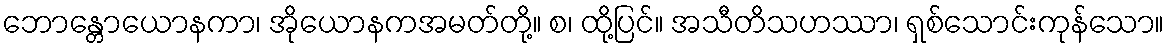
ဘောန္တောယောနကာ၊ အိုယောနကအမတ်တို့။ စ၊ ထို့ပြင်။ အသီတိသဟဿာ၊ ရှစ်သောင်းကုန်သော။